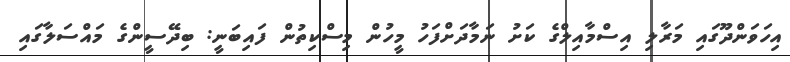
އިހަވަންދޫގައި މަރާލި އިސްމާއިލްގެ ކަށު ނަމާދަށްފަހު މީހުން މިސްކިތުން ފައިބަނީ: ބިދޭސީންގެ މައްސަލާގައި